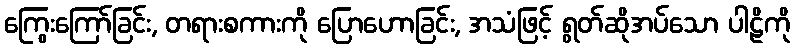
ကြွေးကြော်ခြင်း, တရားစကားကို ပြောဟောခြင်း, အသံဖြင့် ရွတ်ဆိုအပ်သော ပါဠိကို